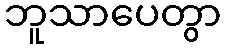
ဘူသာပေတွာ